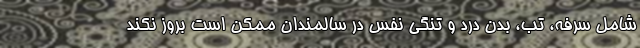
شامل سرفه، تب، بدن‌ درد و تنگی نفس در سالمندان ممکن است بروز نکند